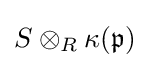
S\otimes _{R}\kappa ({\mathfrak {p}})